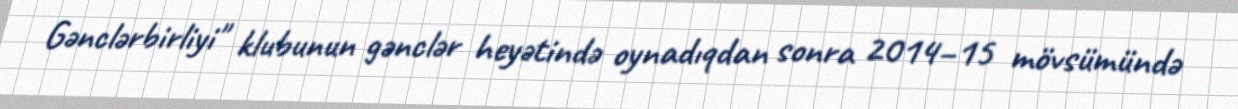
Gənclərbirliyi" klubunun gənclər heyətində oynadıqdan sonra 2014–15 mövsümündə